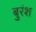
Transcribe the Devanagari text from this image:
बुरंश